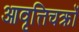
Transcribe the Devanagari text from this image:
आवृत्तिचक्रों